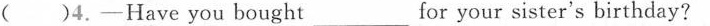
( )4.-Have you bought__________ for your sister's birthday?